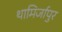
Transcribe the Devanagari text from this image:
थामिर्जापुर